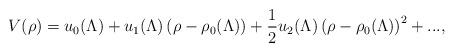
LaTeX: \begin{align*}V(\rho )=u_{0}(\Lambda )+u_{1}(\Lambda )\left( \rho -\rho _{0}(\Lambda)\right) +\frac{1}{2}u_{2}(\Lambda )\left( \rho -\rho _{0}(\Lambda )\right)^{2}+..., \end{align*}